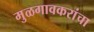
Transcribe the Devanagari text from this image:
मुळगावकरांचा